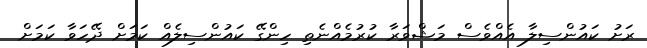
ރަށު ކައުންސިލާ އެއްވެސް މަޝްވަރާ ކުރުމެއްނެތި ހިންގޭ ކައުންސިލެއް ކަމަށް ދޭހަވާ ކަމަށް